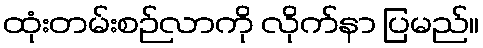
ထုံးတမ်းစဉ်လာကို လိုက်နာ ပြမည်။